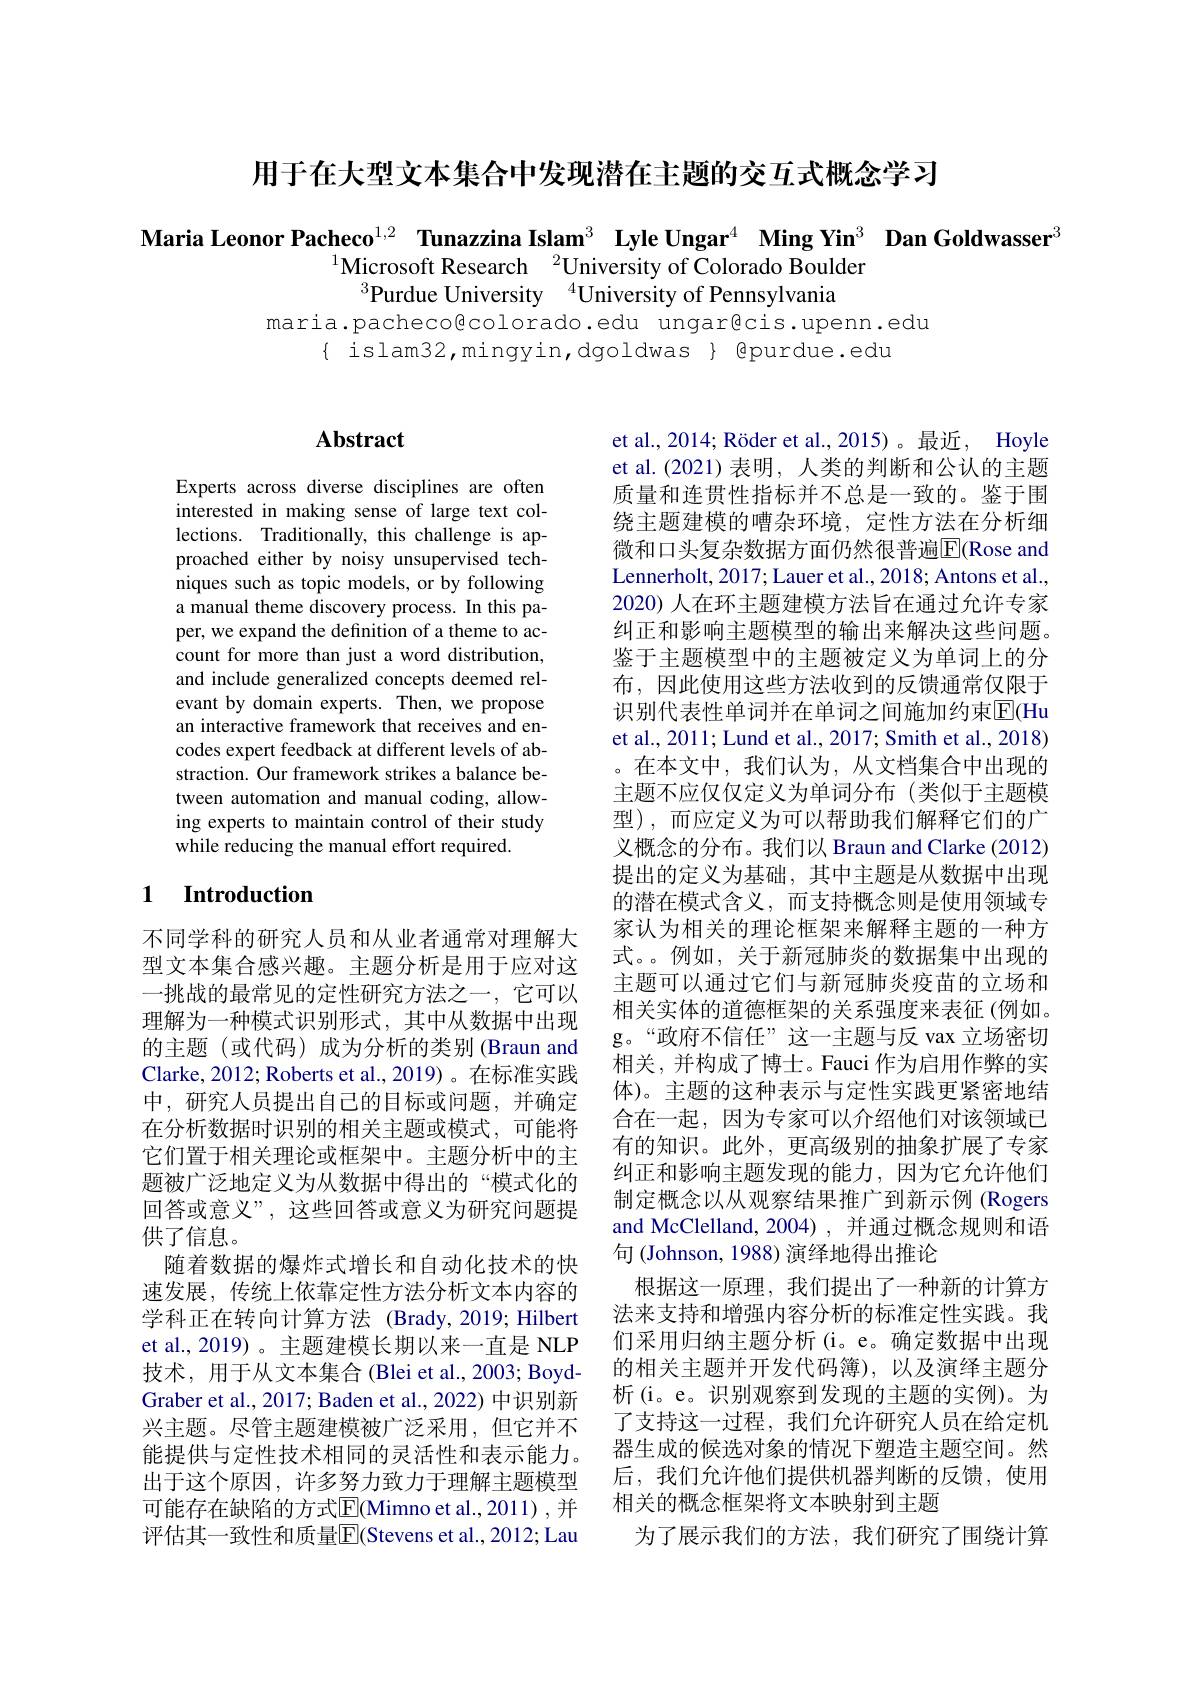
用于在大型文本集合中发现潜在主题的交互式概念学习

Maria Leonor Pacheco$^{1,2}\textbf{ Tunazzina Islam}^3\textbf{ Lyle Ungar}^4\textbf{ Ming Yin}^3\textbf{ Dan Goldwasser}^3$
$^{1}$Microsoft Research$^{2}$University of Colorado Boulder
$^{3}$Purdue University$\:^4$University of Pennsylvania

maria.pachecoßcolorado.edu ungarêcis.upenn.edu
$\{$ islam32,mingyin,dgoldwas $\}$ @purdue.edu

## $\mathbf{Abstract}$

Experts across diverse disciplines are often interested in making sense of large text collections. Traditionally, this challenge is approached either by noisy unsupervised techniques such as topic models, or by following a manual theme discovery process. In this paper, we expand the definition of a theme to account for more than just a word distribution, and include generalized concepts deemed relevant by domain experts. Then, we propose an interactive framework that receives and encodes expert feedback at different levels of abstraction. Our framework strikes a balance between automation and manual coding, allowing experts to maintain control of their study while reducing the manual effort required

## 1 $\textbf{Introduction}$

不同学科的研究人员和从业者通常对理解大型文本集合感兴趣。主题分析是用于应对这一挑战的最常见的定性研究方法之一，它可以理解为一种模式识别形式，其中从数据中出现的主题 (或代码)成为分析的类别 (Braun and Clarke, 2012; Roberts et al., 2019) 。在标准实践中，研究人员提出自己的目标或问题，并确定在分析数据时识别的相关主题或模式，可能将它们置于相关理论或框架中。主题分析中的主题被广泛地定义为从数据中得出的“模式化的回答或意义”,这些回答或意义为研究问题提供了信息。
随着数据的爆炸式增长和自动化技术的快速发展，传统上依靠定性方法分析文本内容的学科正在转向计算方法 (Brady,2019; Hilbert et al., 2019) 。主题建模长期以来一直是 NLP 技术，用于从文本集合(Blei et al., 2003; BoydGraber et al., 2017; Baden et al., 2022) 中识别新兴主题。尽管主题建模被广泛采用，但它并不能提供与定性技术相同的灵活性和表示能力。出于这个原因，许多努力致力于理解主题模型可能存在缺陷的方式$\overline{\mathrm{E}}($Mimno et al.,2011) ,并评估其一致性和质量$\overline{\mathrm{F}}($Stevens et al., 2012; Lau

et al., 2014; Röder et al., 2015)。最近，Hoyle et al.(2021)表明，人类的判断和公认的主题质量和连贯性指标并不总是一致的。鉴于围绕主题建模的嘈杂环境，定性方法在分析细微和口头复杂数据方面仍然很普遍$\overline{\mathbb{E}}($Rose and Lennerholt, 2017; Lauer et al., 2018; Antons et al., 2020) 人在环主题建模方法旨在通过允许专家纠正和影响主题模型的输出来解决这些问题。鉴于主题模型中的主题被定义为单词上的分布，因此使用这些方法收到的反馈通常仅限于识别代表性单词并在单词之间施加约束[E](Hu et al., 2011; Lund et al., 2017; Smith et al., 2018) 。在本文中，我们认为，从文档集合中出现的主题不应仅仅定义为单词分布(类似于主题模型),而应定义为可以帮助我们解释它们的广义概念的分布。我们以 Braun and Clarke (2012) 提出的定义为基础，其中主题是从数据中出现的潜在模式含义，而支持概念则是使用领域专家认为相关的理论框架来解释主题的一种方式。。例如，关于新冠肺炎的数据集中出现的主题可以通过它们与新冠肺炎疫苗的立场和相关实体的道德框架的关系强度来表征(例如。g。“政府不信任”这一主题与反 vax 立场密切相关，并构成了博士。Fauci 作为启用作弊的实体)。主题的这种表示与定性实践更紧密地结合在一起，因为专家可以介绍他们对该领域已有的知识。此外，更高级别的抽象扩展了专家纠正和影响主题发现的能力，因为它允许他们制定概念以从观察结果推广到新示例 (Rogers and McClelland, 2004) , 并通过概念规则和语句 (Johnson, 1988) 演绎地得出推论
根据这一原理，我们提出了一种新的计算方法来支持和增强内容分析的标准定性实践。我们采用归纳主题分析(i。e。确定数据中出现的相关主题并开发代码簿),以及演绎主题分析(i。e。识别观察到发现的主题的实例)。为了支持这一过程，我们允许研究人员在给定机器生成的候选对象的情况下塑造主题空间。然后，我们允许他们提供机器判断的反馈，使用相关的概念框架将文本映射到主题
为了展示我们的方法，我们研究了围绕计算